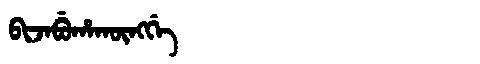
Manchu: ᠪᡳᠵᠠᠪᡠᡥᠠᡴᡡᠩᡤᡝ
Romanization: BIJABUHAKŪNGGE